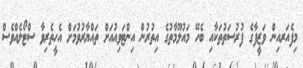
މިފެއަރއިން ވަޒީފާގެ ފުރުސަތުތަކާއި ބެހޭ މައުލޫމާތުގެ އިތުރުން އިންޓަވިއުއަށް ތައްޔާރުވުމަށް އެހީތެރިވާ ސްޓޯލެއްވެސް